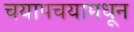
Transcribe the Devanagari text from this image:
चयापचयामधून